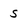
Character: S